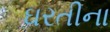
ઘરતીના